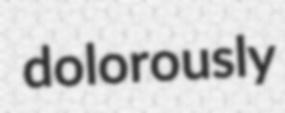
dolorously